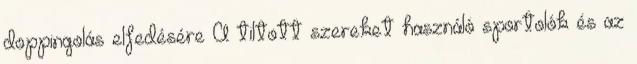
doppingolás elfedésére A tiltott szereket használó sportolók és az